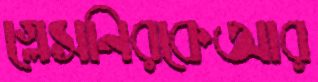
গ্লেসনিরকেআর